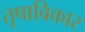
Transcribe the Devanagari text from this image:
तृषाविकार